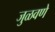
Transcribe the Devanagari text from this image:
जुळवणे